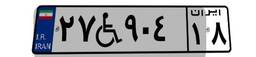
۲۷W۹۰۴۱۸